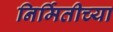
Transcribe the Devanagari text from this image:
निर्मितीच्‍या